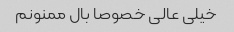
خیلی عالی خصوصا بال ممنونم